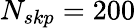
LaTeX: N_{skp}=200